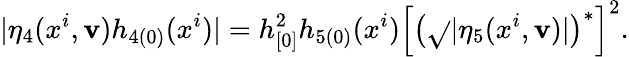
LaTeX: |\eta_{4}(x^{i},\mathbf{v})h_{4(0)}(x^{i})|=h_{[0]}^{2}h_{5(0)}(x^{i})\left[\left(\sqrt{}{{|\eta_{5}(x^{i},\mathbf{v})|}}\right)^{\ast}\right]^{2}.